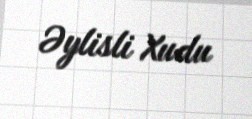
Əylisli Xudu